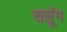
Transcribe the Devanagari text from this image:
सलूंग